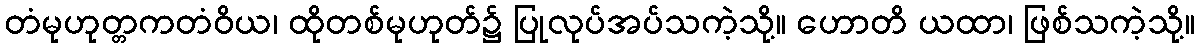
တံမုဟုတ္တကတံဝိယ၊ ထိုတစ်မုဟုတ်၌ ပြုလုပ်အပ်သကဲ့သို့။ ဟောတိ ယထာ၊ ဖြစ်သကဲ့သို့။